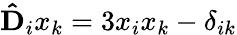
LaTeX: \mathbf{\hat{D}}_{i}x_{k}=3x_{i}x_{k}-\delta_{ik}